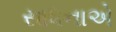
સાધનાએ